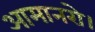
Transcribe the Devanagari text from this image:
आमानरो।